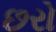
છરો